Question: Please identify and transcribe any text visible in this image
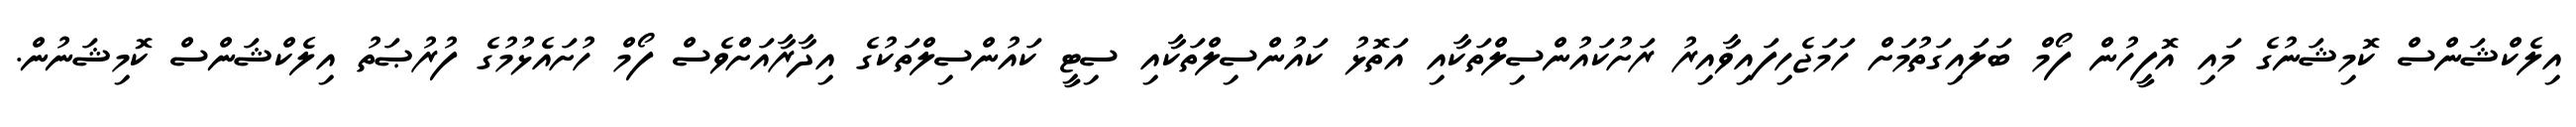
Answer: އިލެކްޝަންސް ކޮމިޝަނުގެ މައި އޮފީހުން ފޯމް ބަލައިގަތުމަށް ހަމަޖެހިފައިވާއިރު ރަށުކައުންސިލްތަކާއި އަތޮޅު ކައުންސިލްތަކާއި ސިޓީ ކައުންސިލްތަކުގެ އިދާރާއަށްވެސް ފޯމް ހުށައެޅުމުގެ ފުރުޞަތު އިލެކްޝަންސް ކޮމިޝަނުން.